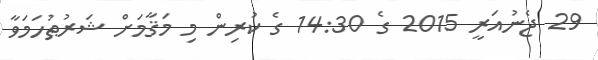
29 ޖެނުއަރީ 2015 ގެ 14:30 ގެ ކުރިން މި މަޤާމަށް ޝަރުޠުހަމަވާ